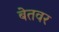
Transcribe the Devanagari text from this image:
बेतवर